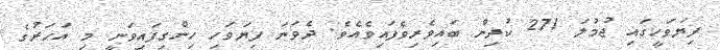
ފިޔަވަހީގައި ޖުމުލަ 271 ކުދިން ބައިވެރިވެފައިވެއެވެ. ދެވަނަ ފިޔަވަހި ހިންގިފައިވަނީ މި އަހަރުގެ